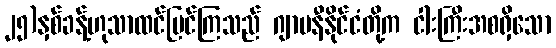
၂၅)နှစ်ခန့်ဟုသာထင်မြင်ကြသည် ဂျာမနီနိုင်ငံတို့က ငါးကြီးအစရှိသော